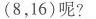
(8，16)呢?